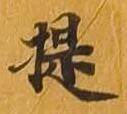
提